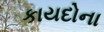
કાયદોના